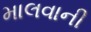
માલવાની